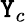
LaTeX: \mathtt{Y}_{c}